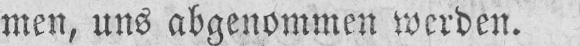
men, uns abgenommen werden.